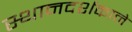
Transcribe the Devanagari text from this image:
स्थानदर्शकाने